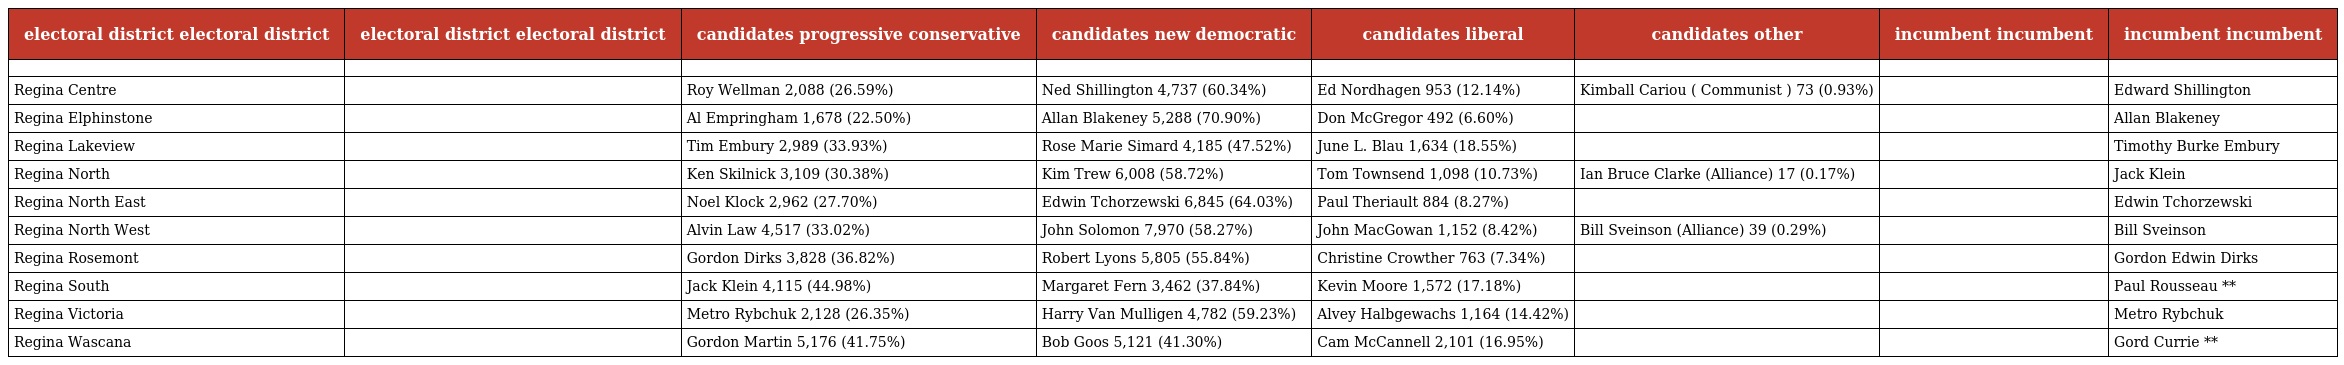
| electoral district electoral district | electoral district electoral district | candidates progressive conservative | candidates new democratic | candidates liberal | candidates other | incumbent incumbent | incumbent incumbent |
 | --- | --- | --- | --- | --- | --- | --- | --- |
 |  |  |  |  |  |  |  |  |
 | Regina Centre |  | Roy Wellman 2,088 (26.59%) | Ned Shillington 4,737 (60.34%) | Ed Nordhagen 953 (12.14%) | Kimball Cariou ( Communist ) 73 (0.93%) |  | Edward Shillington |
 | Regina Elphinstone |  | Al Empringham 1,678 (22.50%) | Allan Blakeney 5,288 (70.90%) | Don McGregor 492 (6.60%) |  |  | Allan Blakeney |
 | Regina Lakeview |  | Tim Embury 2,989 (33.93%) | Rose Marie Simard 4,185 (47.52%) | June L. Blau 1,634 (18.55%) |  |  | Timothy Burke Embury |
 | Regina North |  | Ken Skilnick 3,109 (30.38%) | Kim Trew 6,008 (58.72%) | Tom Townsend 1,098 (10.73%) | Ian Bruce Clarke (Alliance) 17 (0.17%) |  | Jack Klein |
 | Regina North East |  | Noel Klock 2,962 (27.70%) | Edwin Tchorzewski 6,845 (64.03%) | Paul Theriault 884 (8.27%) |  |  | Edwin Tchorzewski |
 | Regina North West |  | Alvin Law 4,517 (33.02%) | John Solomon 7,970 (58.27%) | John MacGowan 1,152 (8.42%) | Bill Sveinson (Alliance) 39 (0.29%) |  | Bill Sveinson |
 | Regina Rosemont |  | Gordon Dirks 3,828 (36.82%) | Robert Lyons 5,805 (55.84%) | Christine Crowther 763 (7.34%) |  |  | Gordon Edwin Dirks |
 | Regina South |  | Jack Klein 4,115 (44.98%) | Margaret Fern 3,462 (37.84%) | Kevin Moore 1,572 (17.18%) |  |  | Paul Rousseau ** |
 | Regina Victoria |  | Metro Rybchuk 2,128 (26.35%) | Harry Van Mulligen 4,782 (59.23%) | Alvey Halbgewachs 1,164 (14.42%) |  |  | Metro Rybchuk |
 | Regina Wascana |  | Gordon Martin 5,176 (41.75%) | Bob Goos 5,121 (41.30%) | Cam McCannell 2,101 (16.95%) |  |  | Gord Currie ** |